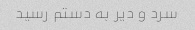
سرد و دیر به دستم رسید